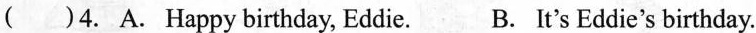
( )4. A. Happy birthday, Eddie. B. It's Eddie's birthday.